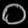
Digit: ၀